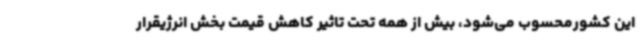
این کشورمحسوب می‌شود، بیش از همه تحت تاثیر کاهش قیمت بخش انرژیقرار